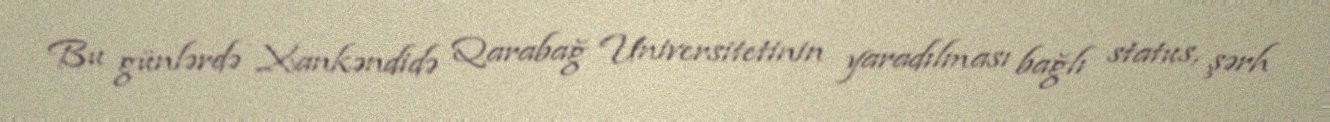
Bu günlərdə Xankəndidə Qarabağ Universitetinin yaradılması bağlı status, şərh